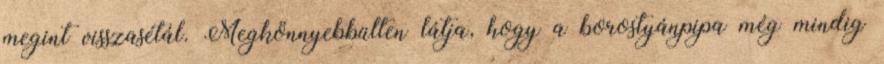
megint visszasétál. Megkönnyebbülten látja, hogy a borostyánpipa még mindig